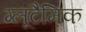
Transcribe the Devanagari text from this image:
ग्लूटैमिक